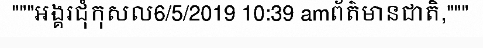
"""អង្គរជុំកុសល6/5/2019 10:39 amព័ត៌មានជាតិ,"""